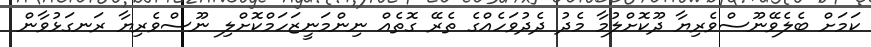
ކަމަށް ބެލެވޭނޫސްވެރިޔާ ދޫކޮށްލުމާ މެދު ދެދުވަހެއްގެ ތެރޭ ގޮތެއް ނިންމަނީޒަހަމްކޮށްލި ނޫސްވެރިޔާ ރަނގަޅުވާން